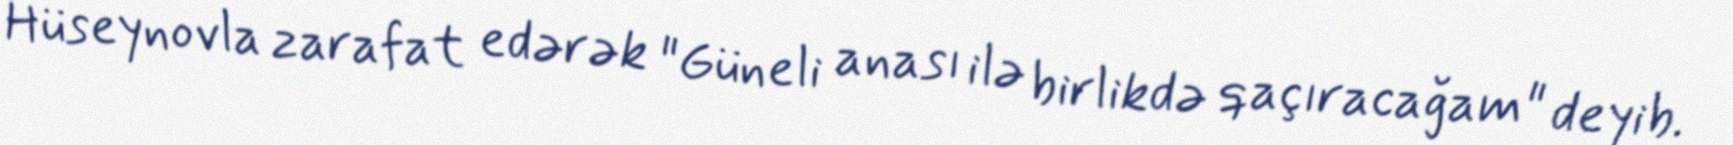
Hüseynovla zarafat edərək "Güneli anası ilə birlikdə qaçıracağam" deyib.